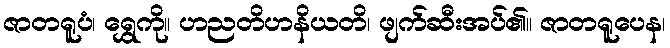
ဇာတရူပံ၊ ရွှေကို။ ဟညတိဟနိယတိ၊ ဖျက်ဆီးအပ်၏။ ဇာတရူပေန၊